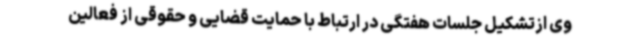
وی ازتشکیل جلسات هفتگی در ارتباط با حمایت قضایی و حقوقی از فعالین